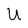
Character: U